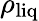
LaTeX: \rho_{\mathrm{liq}}